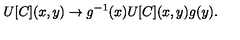
U [ C ] ( x , y ) \to g ^ { - 1 } ( x ) U [ C ] ( x , y ) g ( y ) .